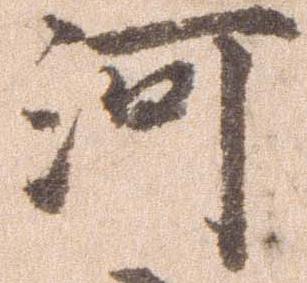
河